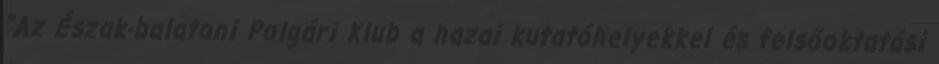
"Az Észak-balatoni Polgári Klub a hazai kutatóhelyekkel és felsőoktatási